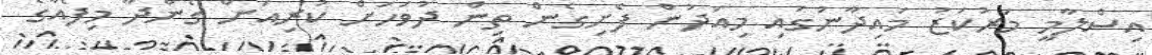
އިސްލާމީ މަރުކަޒު މައިދާނުގައި މިއަދުން ފެށިގެން ތިން ދުވަހަށް ކުރިއަށް ގެންދާ މިފެއާގެ